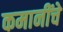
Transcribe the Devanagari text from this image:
कमानींचे